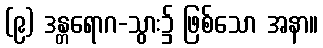
(၉) ဒန္တရောဂ-သွား၌ ဖြစ်သော အနာ။